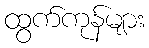
ထွက်ကုန်များ